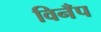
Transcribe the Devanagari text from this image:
विनँप